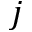
j